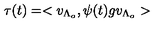
\tau ( t ) = < v _ { \Lambda _ { o } } , \psi ( t ) g v _ { \Lambda _ { o } } >